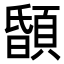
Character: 䫒